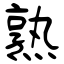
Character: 熟